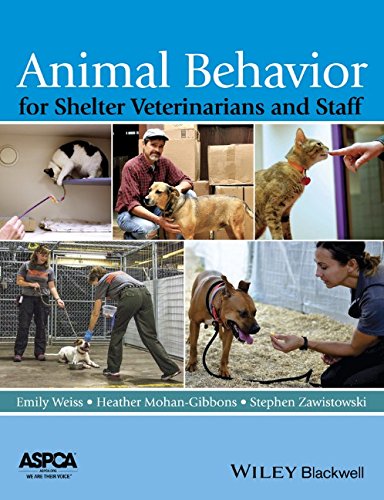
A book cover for Animal Behavior for Shelter Veterinarians and Staff; Medical Books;